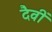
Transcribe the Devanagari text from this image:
दैवीं